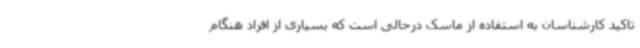
تاکید کارشناسان به استفاده از ماسک درحالی است که بسیاری از افراد هنگام